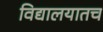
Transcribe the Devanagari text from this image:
विद्यालयातच